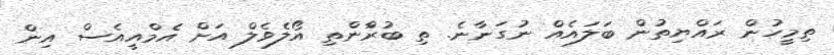
ތިމީހުން ރައްޔިތުން ބަލައެއް ނުގަނާނެ. ތި ބުރާްންތި އޯލެވެލް އަށް އެމްއީއެސް އިން